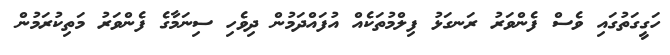
ހަގީގަތުގައި ވެސް ފެންވަރު ރަނގަޅު ފިލްމުތަކެއް އުފައްދަމުން ދިވެހި ސިނަމާގެ ފެންވަރު މަތިކުރަމުން